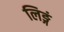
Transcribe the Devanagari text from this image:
लिङ्गं